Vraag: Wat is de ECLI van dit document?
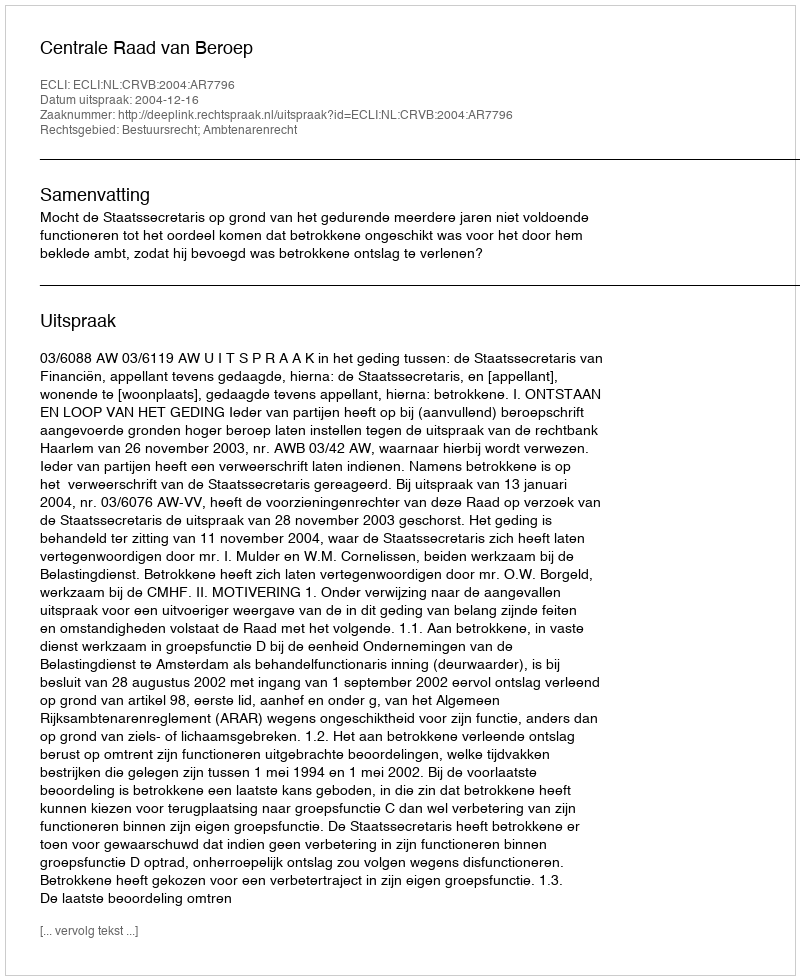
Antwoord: ECLI:NL:CRVB:2004:AR7796